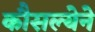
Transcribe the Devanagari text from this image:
कौसल्येने